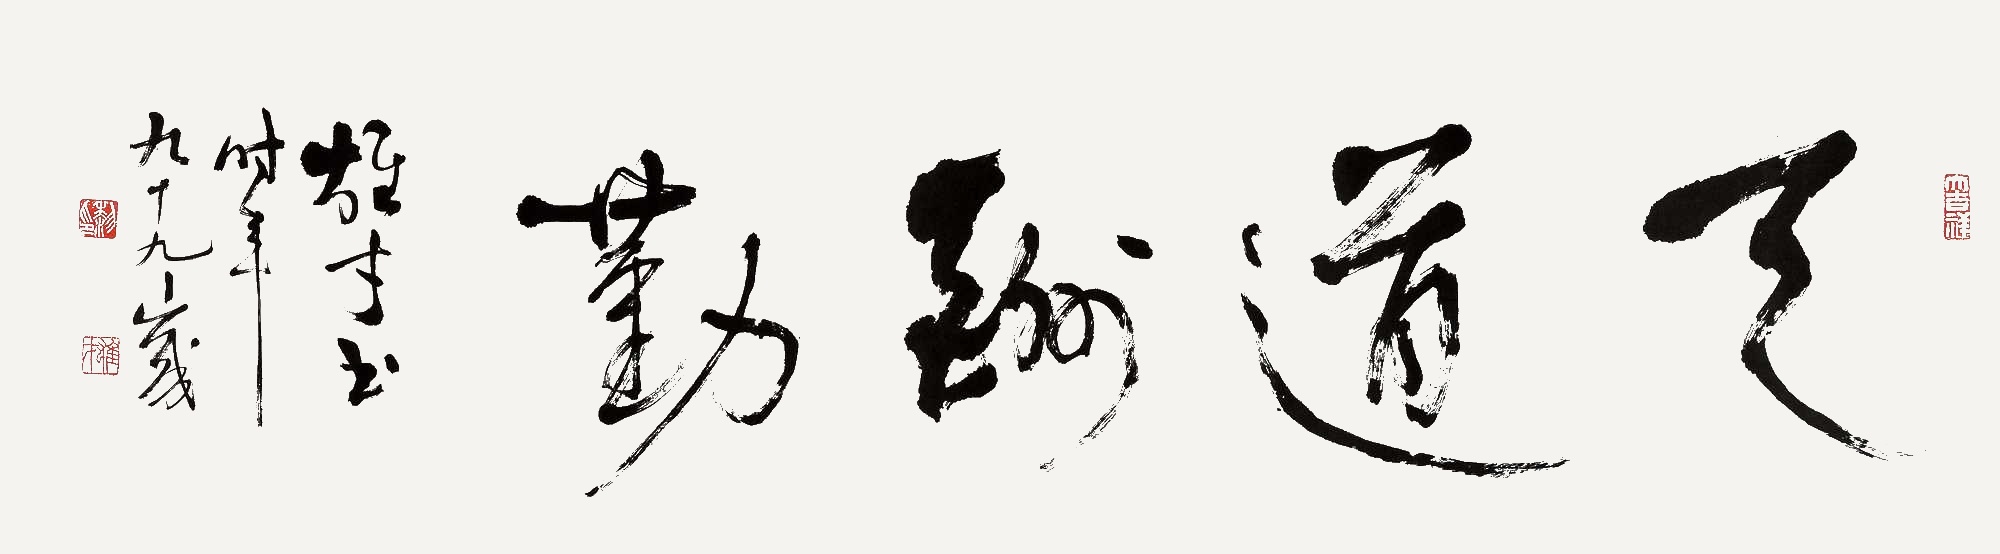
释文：天道酬勤雄才书。时年九十九岁。